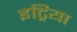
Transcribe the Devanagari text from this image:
इट्रिया